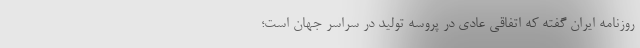
روزنامه ایران گفته که اتفاقی عادی در پروسه تولید در سراسر جهان است؛